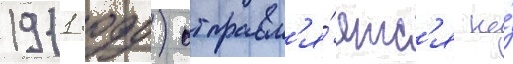
1911 году) отправл'я́етс'я на́